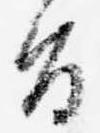
旨